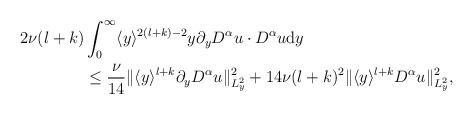
LaTeX: \begin{align*}\begin{aligned}2\nu (l+k)& \int_0^\infty \langle y \rangle^{2(l+k)-2} y\partial_y D^\alpha u\cdot D^\alpha u\mathrm{d}y\\& \leq \frac{\nu}{14}\Vert \langle y\rangle^{l+k}\partial_y D^\alpha u\Vert_{L^2_y}^2+14\nu (l+k)^2\Vert \langle y\rangle^{l+k} D^\alpha u\Vert_{L^2_y}^2,\end{aligned}\end{align*}